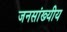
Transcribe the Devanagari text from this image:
जनसांख्यीय